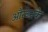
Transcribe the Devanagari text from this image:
औरउनके